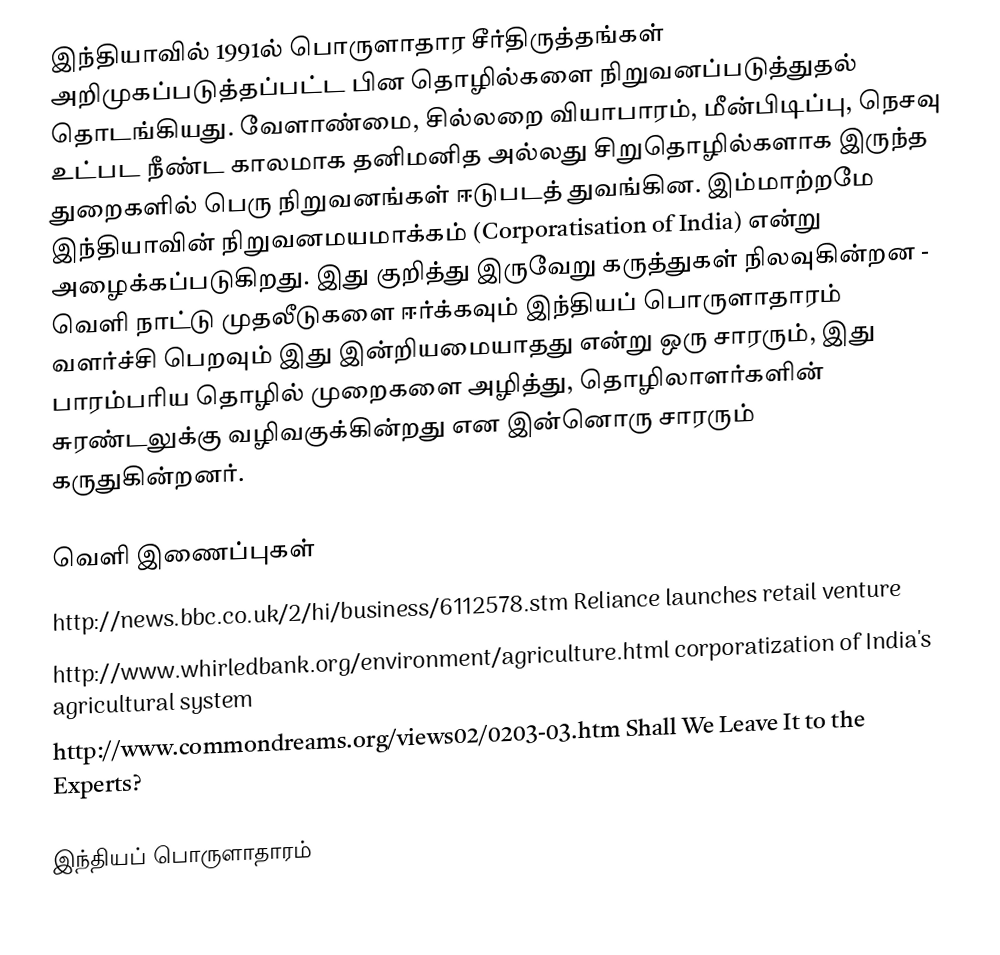
இந்தியாவில் 1991ல் பொருளாதார சீர்திருத்தங்கள் அறிமுகப்படுத்தப்பட்ட பின தொழில்களை நிறுவனப்படுத்துதல் தொடங்கியது. வேளாண்மை, சில்லறை வியாபாரம், மீன்பிடிப்பு, நெசவு உட்பட நீண்ட காலமாக தனிமனித அல்லது சிறுதொழில்களாக இருந்த துறைகளில் பெரு நிறுவனங்கள் ஈடுபடத் துவங்கின. இம்மாற்றமே இந்தியாவின் நிறுவனமயமாக்கம் (Corporatisation of India) என்று அழைக்கப்படுகிறது. இது குறித்து இருவேறு கருத்துகள் நிலவுகின்றன - வெளி நாட்டு முதலீடுகளை ஈர்க்கவும் இந்தியப் பொருளாதாரம் வளர்ச்சி பெறவும் இது இன்றியமையாதது என்று ஒரு சாரரும், இது பாரம்பரிய தொழில் முறைகளை அழித்து, தொழிலாளர்களின் சுரண்டலுக்கு வழிவகுக்கின்றது என இன்னொரு சாரரும் கருதுகின்றனர்.

வெளி இணைப்புகள்
 http://news.bbc.co.uk/2/hi/business/6112578.stm Reliance launches retail venture
 http://www.whirledbank.org/environment/agriculture.html  corporatization of India's agricultural system
 http://www.commondreams.org/views02/0203-03.htm  Shall We Leave It to the Experts?

இந்தியப் பொருளாதாரம்